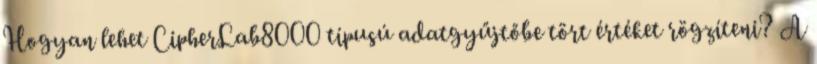
Hogyan lehet CipherLab8000 típusú adatgyűjtőbe tört értéket rögzíteni? A